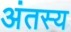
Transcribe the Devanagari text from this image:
अंतस्य